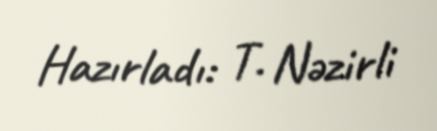
Hazırladı: T. Nəzirli